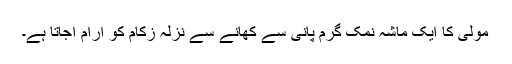
مولی کا ایک ماشہ نمک گرم پانی سے کھانے سے نزلہ زکام کو آرام آجاتا ہے۔